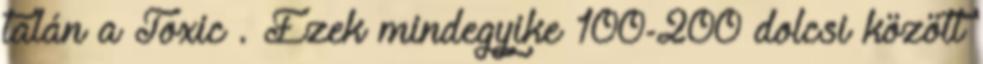
talán a Toxic . Ezek mindegyike 100-200 dolcsi között